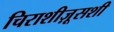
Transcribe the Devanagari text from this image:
चिराशीज़ूसशी